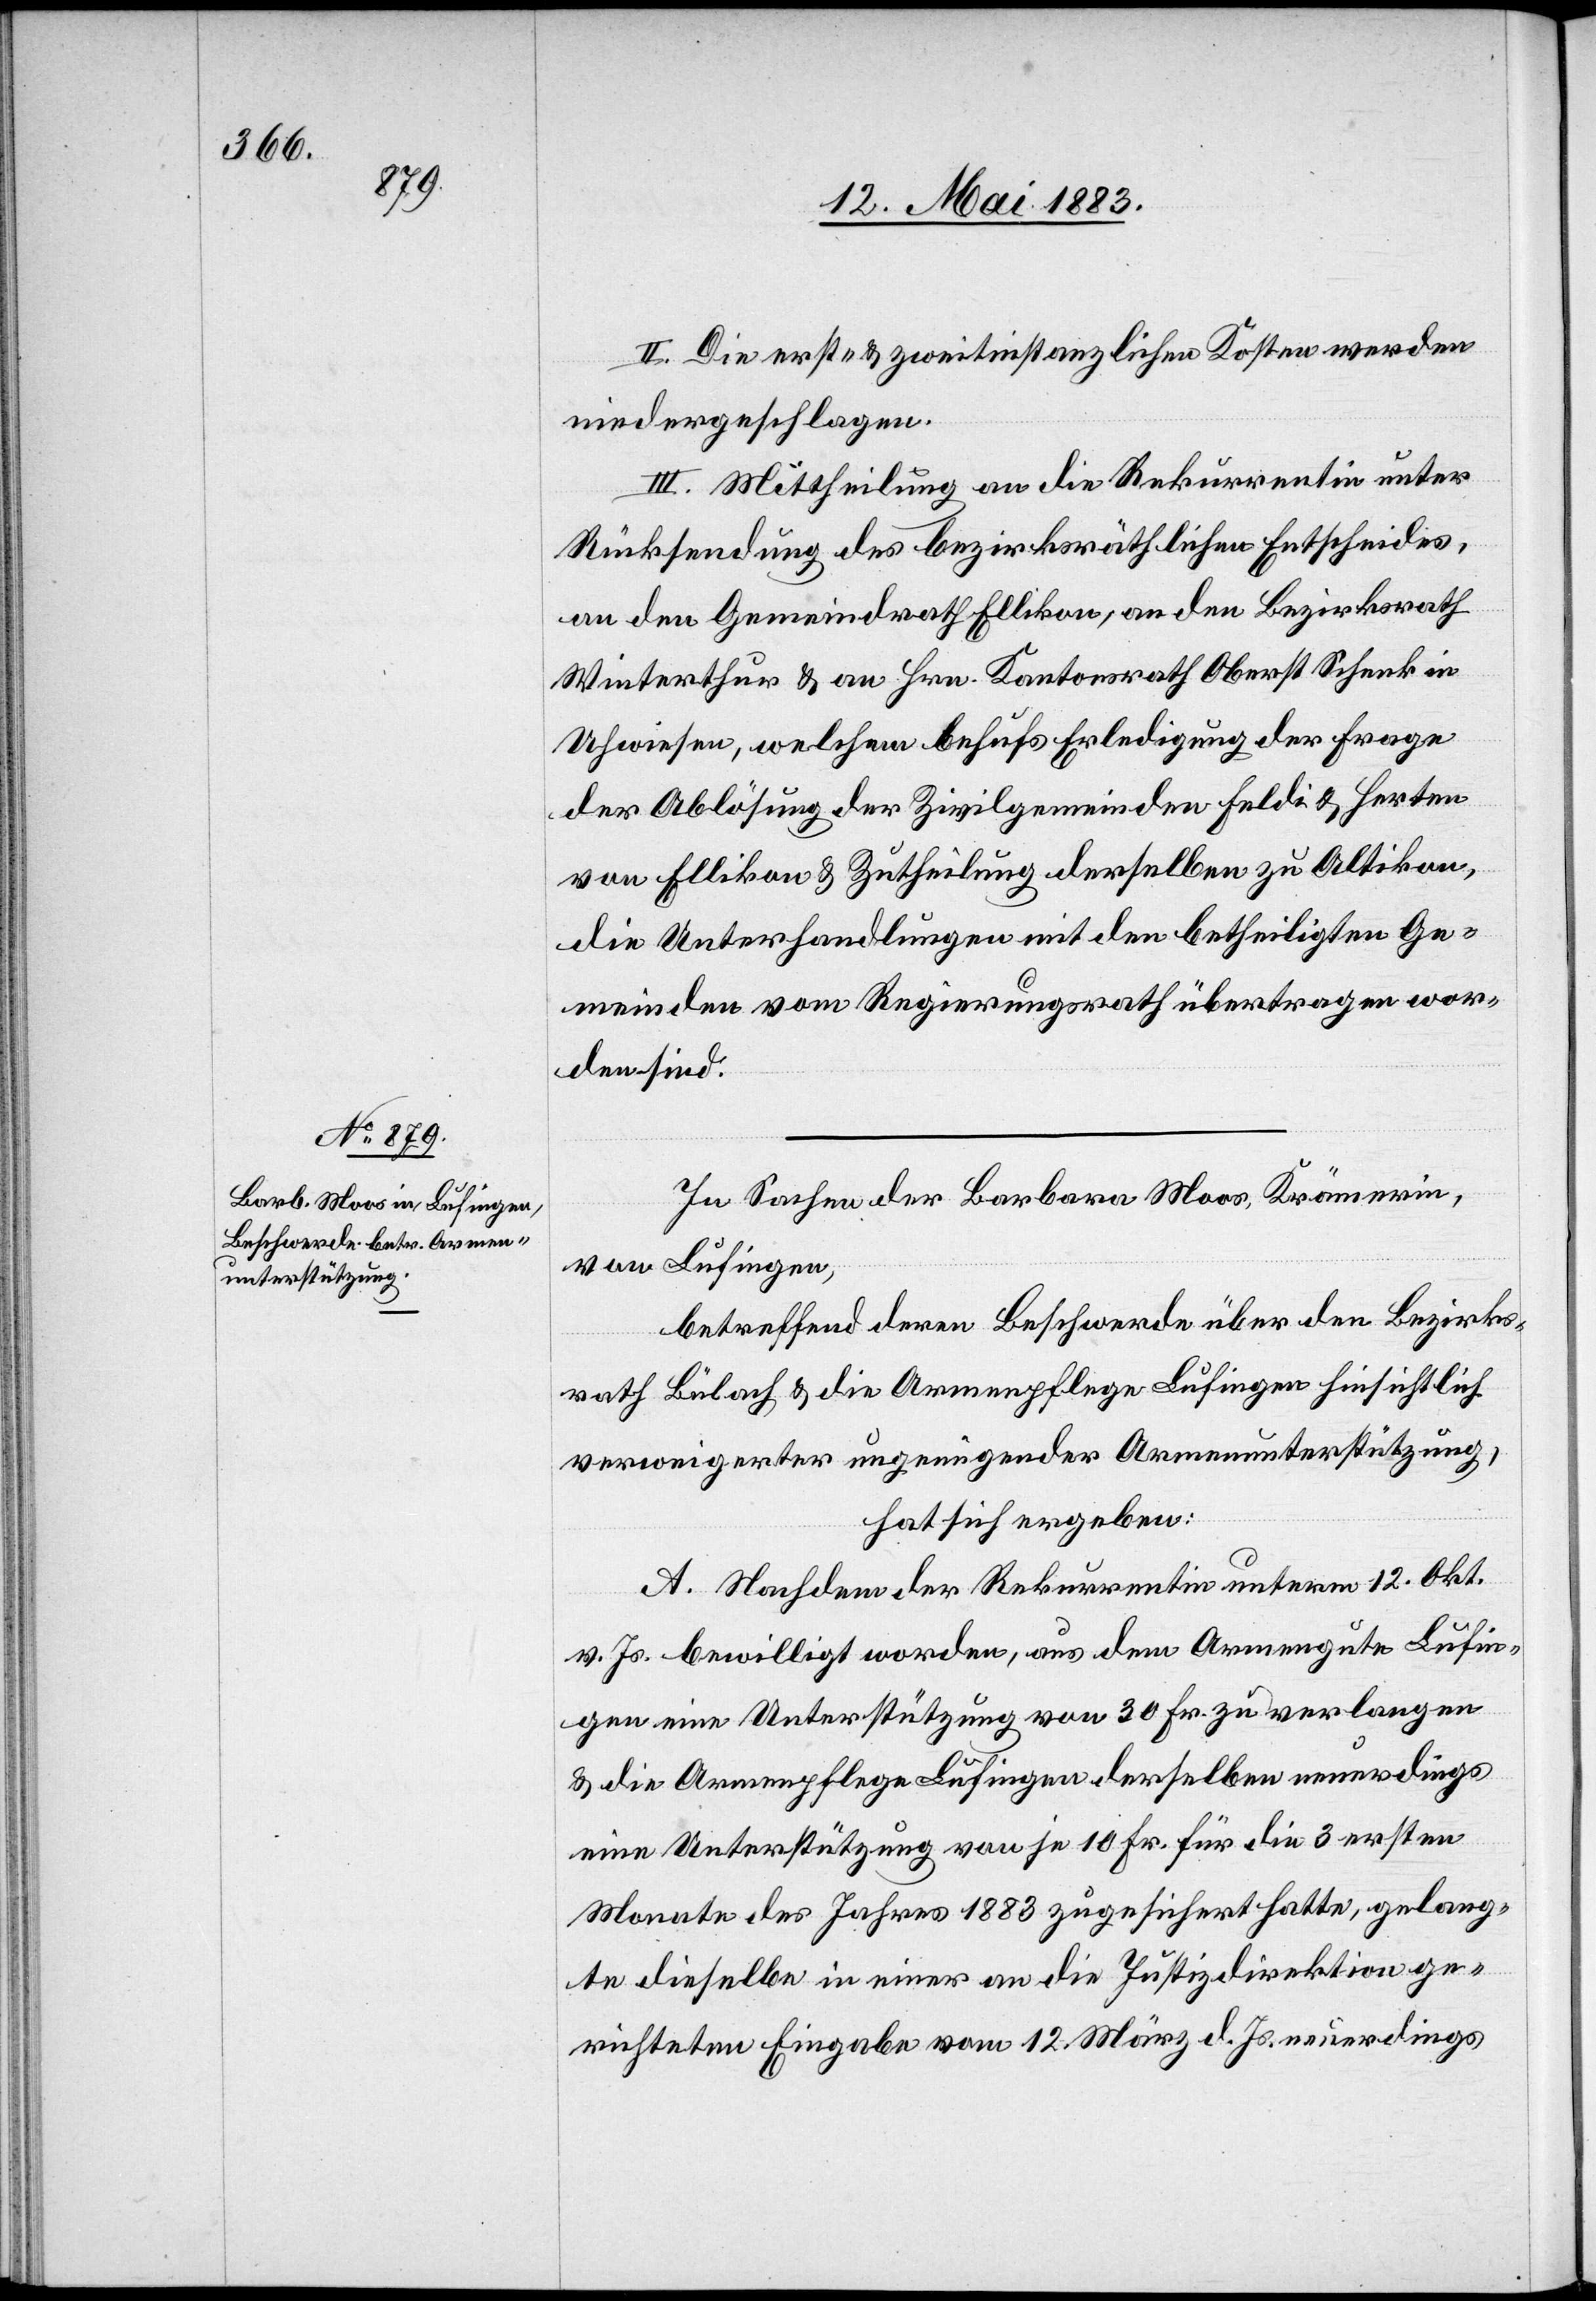
II. Die erst- & zweitinstanzlichen Kosten werden
niedergeschlagen.
III. Mittheilung an die Rekurrentin unter
Rücksendung des bezirksräthlichen Entscheides,
an den Gemeindrath Ellikon, an den Bezirksrath
Winterthur & an Hrn. Kantonsrath Oberst Schenk in
Uhwiesen, welchem behufs Erledigung der Frage
der Ablösung der Zivilgemeinden Feldi & Herten
von Ellikon & Zutheilung derselben zu Altikon,
die Unterhandlungen mit den betheiligten Ge¬
meinden vom Regierungsrath übertragen wor¬
den sind.
In Sachen der Barbara Moos, Krämerin,
von Lufingen,
betreffend deren Beschwerde über den Bezirks¬
rath Bülach & die Armenpflege Lufingen hinsichtlich
verweigerter ungenügender Armenunterstützung,
hat sich ergeben:
A. Nachdem der Rekurrentin unterm 12. Okt.
v. Js. bewilligt worden, aus dem Armengute Lufin¬
gen eine Unterstützung von 30 Fr. zu verlangen
& die Armenpflege Lufingen derselben neuerdings
eine Unterstützung von je 10 Fr. für die 3 ersten
Monate des Jahres 1883 zugesichert hatte, gelang¬
te dieselbe in einer an die Justizdirektion ge¬
richteten Eingabe vom 12. März d. Js. neuerdings